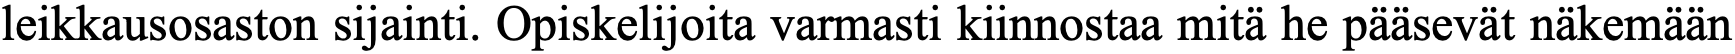
leikkausosaston sijainti. Opiskelijoita varmasti kiinnostaa mitä he pääsevät näkemään